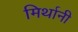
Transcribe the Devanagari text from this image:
मिर्थानी